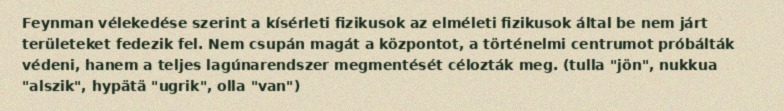
Feynman vélekedése szerint a kísérleti fizikusok az elméleti fizikusok által be nem járt területeket fedezik fel. Nem csupán magát a központot, a történelmi centrumot próbálták védeni, hanem a teljes lagúnarendszer megmentését célozták meg. (tulla "jön", nukkua "alszik", hypätä "ugrik", olla "van")